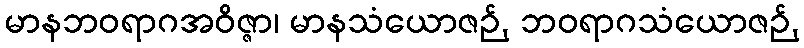
မာနဘဝရာဂအဝိဇ္ဇာ၊ မာနသံယောဇဉ်, ဘဝရာဂသံယောဇဉ်,